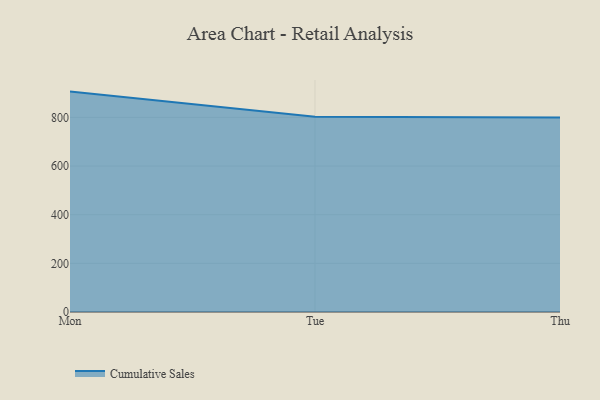
{"axis": {"x": "Day", "y": "Active Users"}, "legend": ["Cumulative Sales"], "data": [{"x": "Mon", "y": 906.0, "type": "Cumulative Sales"}, {"x": "Tue", "y": 802.4, "type": "Cumulative Sales"}, {"x": "Thu", "y": 800, "type": "Cumulative Sales"}]}